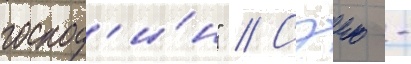
господ'и́н" // Сэию -